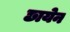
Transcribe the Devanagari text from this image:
छायेन